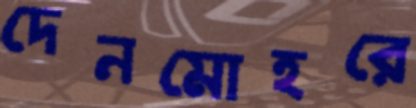
দেনমোহরে